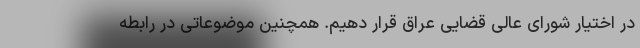
در اختیار شورای عالی قضایی عراق قرار دهیم. همچنین موضوعاتی در رابطه